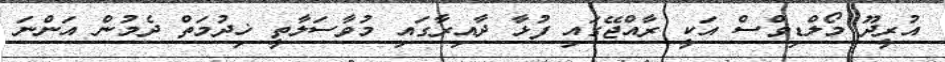
އުރީދޫ މޯލްޑިވްސް އަކީ ރާއްޖޭގައި ފުޅާ ދާއިރާގައި މުވާސަލާތީ ޚިދުމަތް ދެމުން އަންނަ